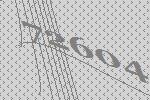
72604